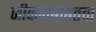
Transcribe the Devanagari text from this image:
जीवनाबाबतचा